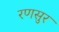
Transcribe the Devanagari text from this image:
रणसुर